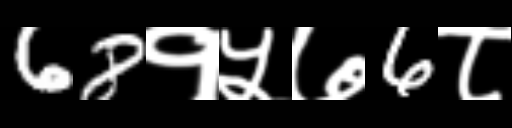
Text: 68१५७6८